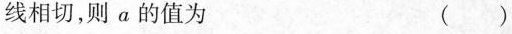
线相切，则α的值为 ( )